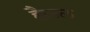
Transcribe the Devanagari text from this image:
हैलल